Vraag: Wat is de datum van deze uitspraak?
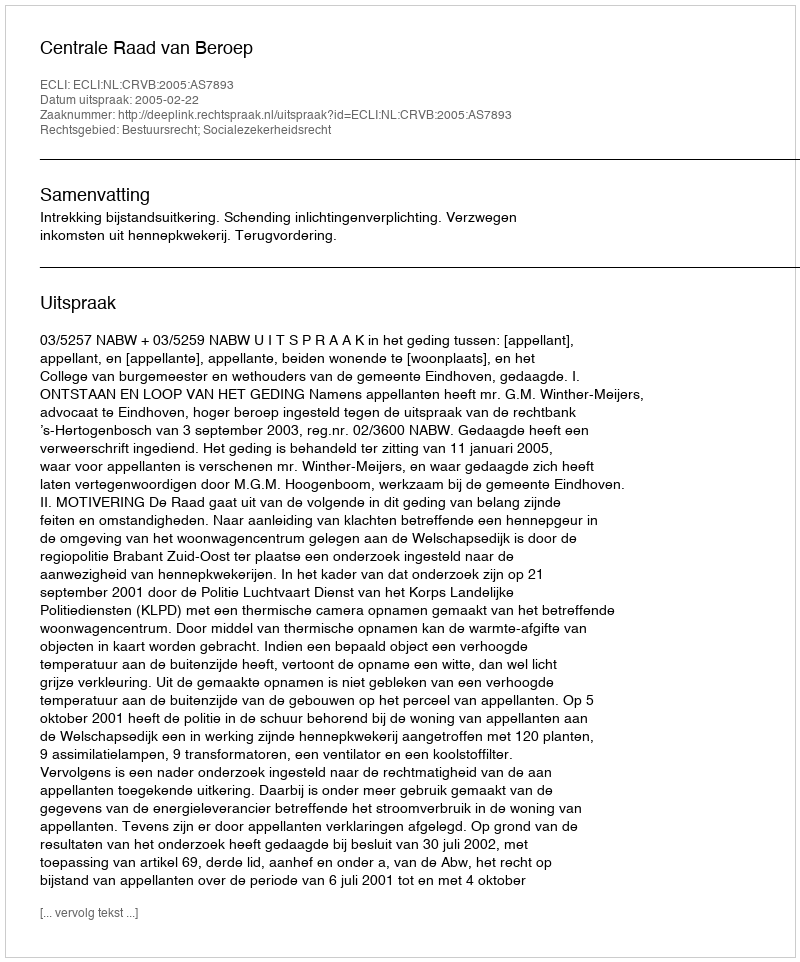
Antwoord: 2005-02-22